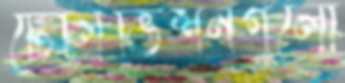
টেলিভিশনগুলো